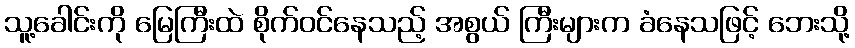
သူ့ခေါင်းကို မြေကြီးထဲ စိုက်ဝင်နေသည့် အစွယ် ကြီးများက ခံနေသဖြင့် ဘေးသို့